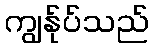
ကျွန်ုပ်သည်